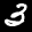
Label: 3